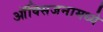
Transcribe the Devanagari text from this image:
ऑक्सिजनामध्ये